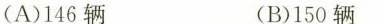
(A)146辆 (B)150辆